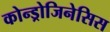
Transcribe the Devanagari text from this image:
कोन्ड्रोजिनेसिस